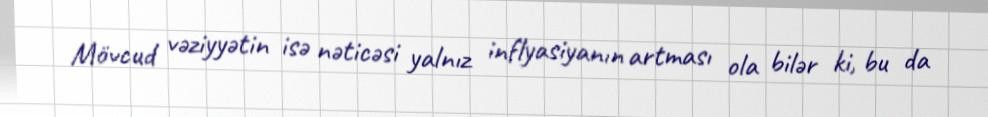
Mövcud vəziyyətin isə nəticəsi yalnız inflyasiyanın artması ola bilər ki, bu da